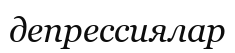
депрессиялар